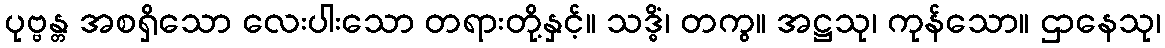
ပုဗ္ဗန္တ အစရှိသော လေးပါးသော တရားတို့နှင့်။ သဒ္ဓိံ၊ တကွ။ အဋ္ဌသု၊ ကုန်သော။ ဌာနေသု၊